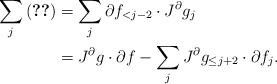
LaTeX: \begin{align*}\sum_j \eqref{921_1a_e7}& = \sum_{j} \partial f_{<j-2} \cdot J^{\partial} g_j \\& = J^{\partial} g \cdot \partial f - \sum_{j} J^{\partial} g_{\le j+2} \cdot \partial f_j.\end{align*}